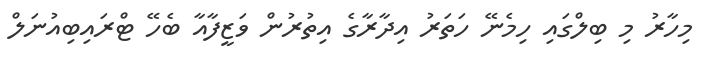
މިހާރު މި ބިލްގައި ހިމެނޭ ހަތަރު އިދާރާގެ އިތުރުން ވަޒީފާއާ ބެހޭ ޓްރައިބިއުނަލް